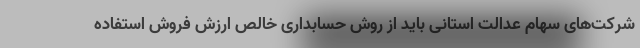
شرکت‌های سهام عدالت استانی باید از روش حسابداری خالص ارزش فروش استفاده